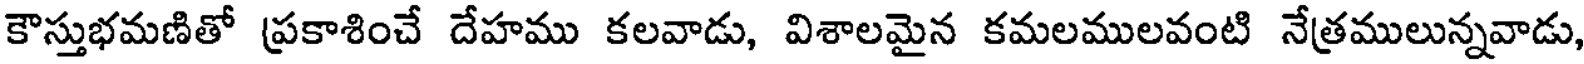
కౌస్తుభమణితో ప్రకాశించే దేహము కలవాడు, విశాలమైన కమలములవంటి నేత్రములున్నవాడు,